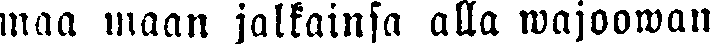
maa maan jalkainsa alla wajoowan